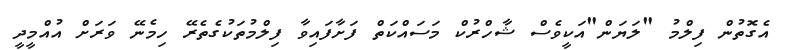
އެގޮތުން ފިލްމު "ލަޔަން"އަކީވެސް ޝާހްރުކް މަސައްކަތް ފަށާފައިވާ ފިލްމުތަކުގެތެރޭ ހިމެނޭ ވަރަށް އުއްމީދީ